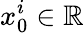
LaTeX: x_{0}^{i}\in\mathbb{R}